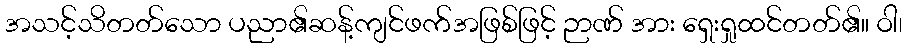
အသင့်သိတတ်သော ပညာ၏ဆန့်ကျင်ဖက်အဖြစ်ဖြင့် ဉာဏ် အား ရှေးရှုထင်တတ်၏။ ဝါ၊